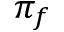
\pi _ { f }